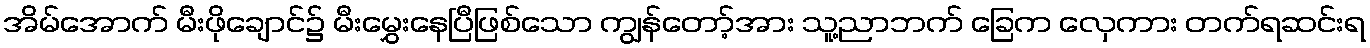
အိမ်အောက် မီးဖိုချောင်၌ မီးမွှေးနေပြီဖြစ်သော ကျွန်တော့်အား သူ့ညာဘက် ခြေက လှေကား တက်ရဆင်းရ